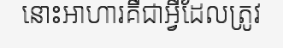
នោះអាហារគឺជាអ្វីដែលត្រូវ